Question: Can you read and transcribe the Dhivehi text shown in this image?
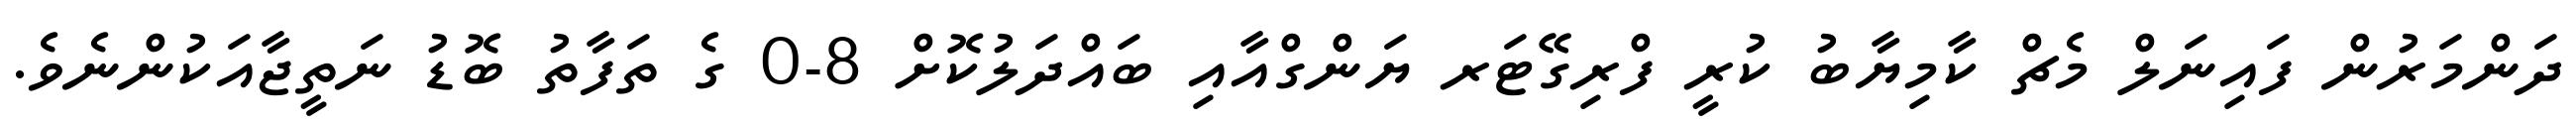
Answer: ދަންމަރުން ފައިނަލް މެޗް ކާމިޔާބު ކުރީ ފްރިގޭޓަރ ޔަންގްއާއި ބައްދަލުކޮށް 8-0 ގެ ތަފާތު ބޮޑު ނަތީޖާއަކުންނެވެ.